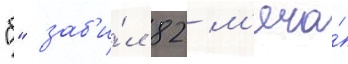
"б" заб'и́л 82 м'яча́